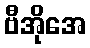
ဗီအိုအေ